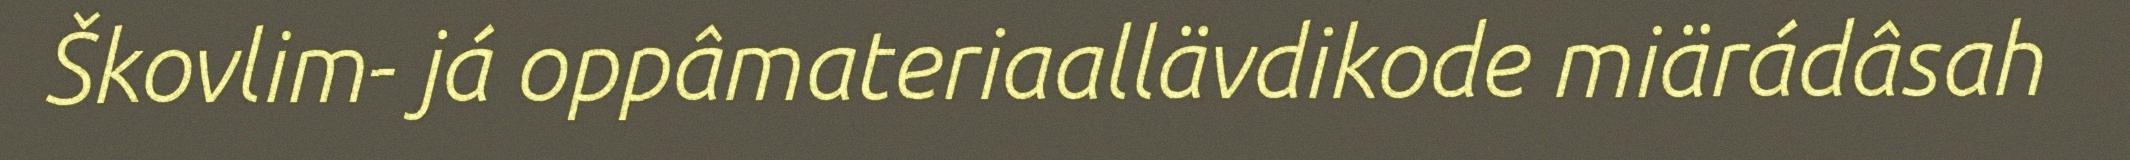
Škovlim- já oppâmateriaallävdikode miärádâsah